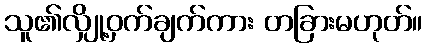
သူ၏လျှို့ဝှက်ချက်ကား တခြားမဟုတ်။